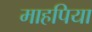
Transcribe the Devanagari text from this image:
माहपिया